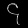
Digit: ၄